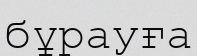
бұрауға